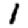
Digit: 1